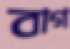
বাগ